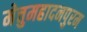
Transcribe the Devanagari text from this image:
मेत्तुमहादनपुरम